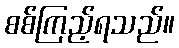
စစ်ကြည့်ရသည်။